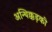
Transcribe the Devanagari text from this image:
अन्थिक्कड़की